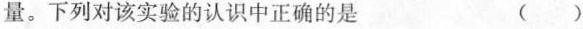
量。下列对该实验的认识中正确的是 ()